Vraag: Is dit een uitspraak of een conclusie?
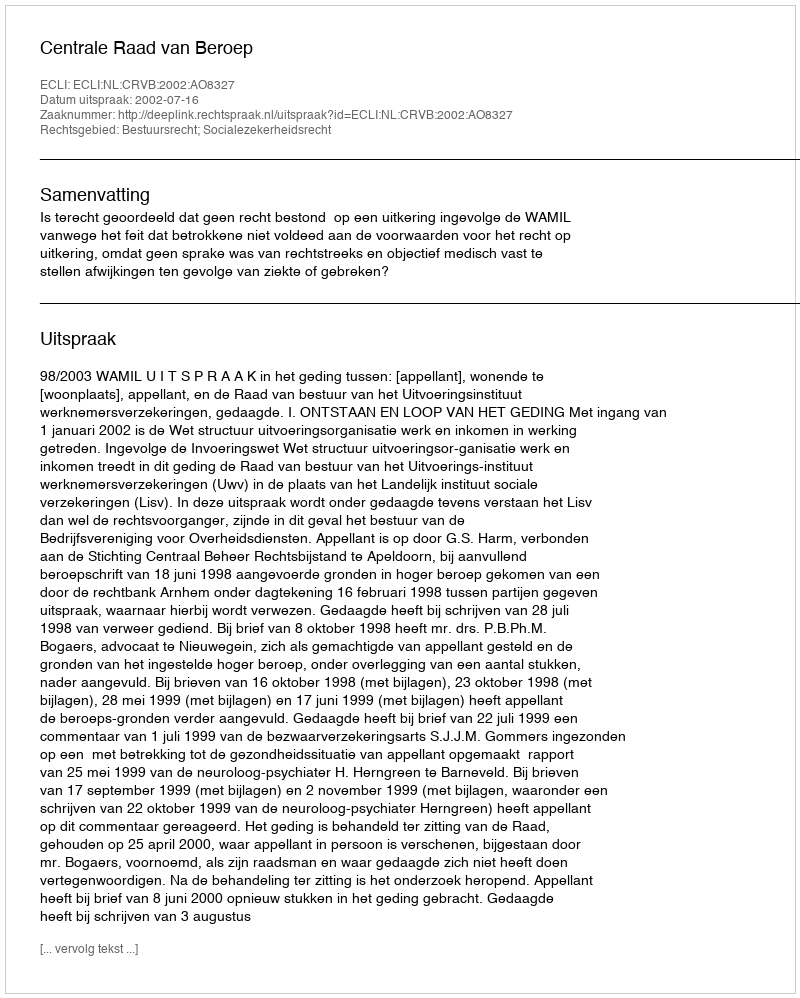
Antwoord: Uitspraak